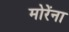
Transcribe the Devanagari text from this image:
मोरेंना